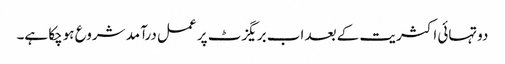
دوتہائی اکثریت کے بعد اب بریگزٹ پر عمل درآمد شروع ہوچکا ہے۔